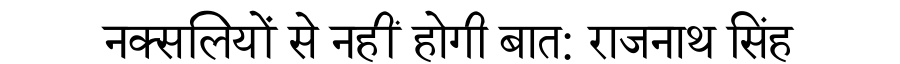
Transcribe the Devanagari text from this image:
नक्सलियों से नहीं होगी बात: राजनाथ सिंह